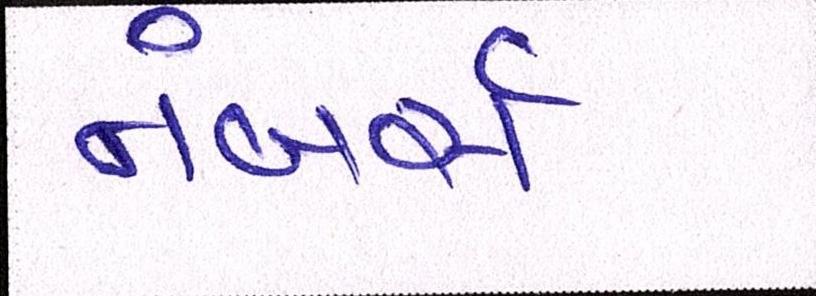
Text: નંબર્સ